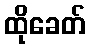
ထိုခေတ်